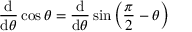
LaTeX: { \frac { \operatorname { d } } { \operatorname { d } \! \theta } } \cos \theta = { \frac { \operatorname { d } } { \operatorname { d } \! \theta } } \sin \left( { \frac { \pi } { 2 } } - \theta \right)